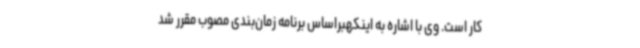
کار است. وی با اشاره به اینکهبراساس برنامه زمان‌بندی مصوب مقرر شد